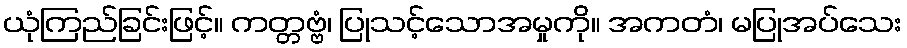
ယုံကြည်ခြင်းဖြင့်။ ကတ္တဗ္ဗံ၊ ပြုသင့်သောအမှုကို။ အကတံ၊ မပြုအပ်သေး